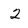
Character: 2